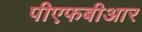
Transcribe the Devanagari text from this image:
पीएफबीआर